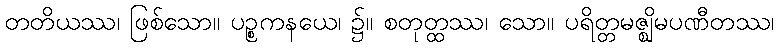
တတိယဿ၊ ဖြစ်သော။ ပဉ္စကနယေ၊ ၌။ စတုတ္ထဿ၊ သော။ ပရိတ္တမဇ္ဈိမပဏီတဿ၊